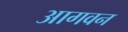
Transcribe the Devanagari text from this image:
आगवन